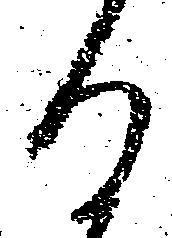
る